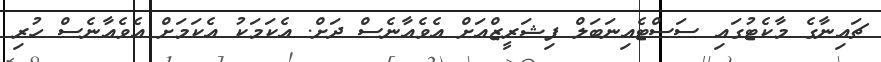
ޗައިނާގެ މާކެޓުގައި ސަސްޓެއިނަބަލް ފިޝަރީޒްއަށް އެވެއާނެސް ދަށް. އެކަމަކު އެކަމަށް އެވެއާނެސް ހުރި